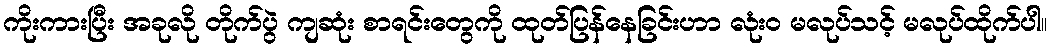
ကိုးကားပြီး အခုလို တိုက်ပွဲ ကျဆုံး စာရင်းတွေကို ထုတ်ပြန်နေခြင်းဟာ လုံး၀ မလုပ်သင့် မလုပ်ထိုက်ပါ။